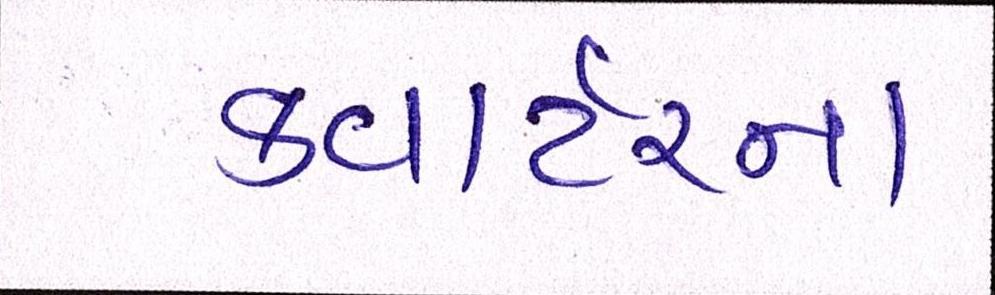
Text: કવાર્ટરના